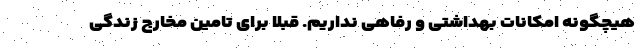
هیچگونه امکانات بهداشتی و رفاهی نداریم. قبلا برای تامین مخارج زندگی